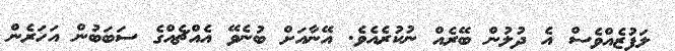
ލަފުޒެއްވެސް އެ ދުލުން ބޭރެއް ނުކުރެއެވެ. އޭނާއަށް ބުނެވޭ އެއްޗެއްގެ ސަބަބުން އަހަރެން